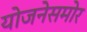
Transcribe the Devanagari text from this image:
योजनेसमोर